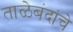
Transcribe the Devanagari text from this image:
ताळेबंदांचे